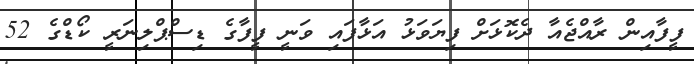
ފީފާއިން ރާއްޖެއާ ދެކޮޅަށް ފިޔަވަޅު އަޅާފައި ވަނީ ފީފާގެ ޑިސްޕްލިނަރީ ކޯޑްގެ 52